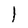
Character: I